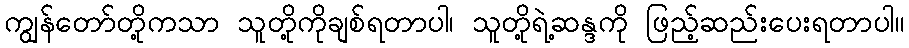
ကျွန်တော်တို့ကသာ သူတို့ကိုချစ်ရတာပါ၊ သူတို့ရဲ့ဆန္ဒကို ဖြည့်ဆည်းပေးရတာပါ။